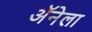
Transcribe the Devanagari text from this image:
अॅनेला